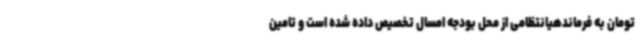
تومان به فرماندهیانتظامی از محل بودجه امسال تخصیص داده شده است و تامین